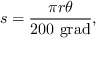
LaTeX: s = { \frac { \pi r \theta } { 2 0 0 \ { \mathrm { g r a d } } } } ,